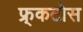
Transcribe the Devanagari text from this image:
फ्र्कटोस